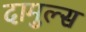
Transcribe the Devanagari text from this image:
दामुल्स